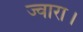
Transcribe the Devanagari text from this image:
ज्वारा।